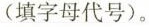
(填字母代号)。